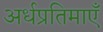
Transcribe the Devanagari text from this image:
अर्धप्रतिमाएँ